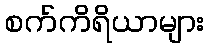
စက်ကိရိယာများ